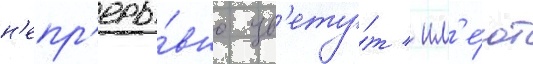
н'епр'еры́вно цв'ету́т / им'е́ют